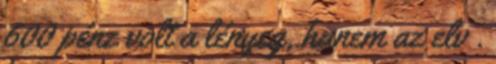
600 pénz volt a lényeg, hanem az elv .